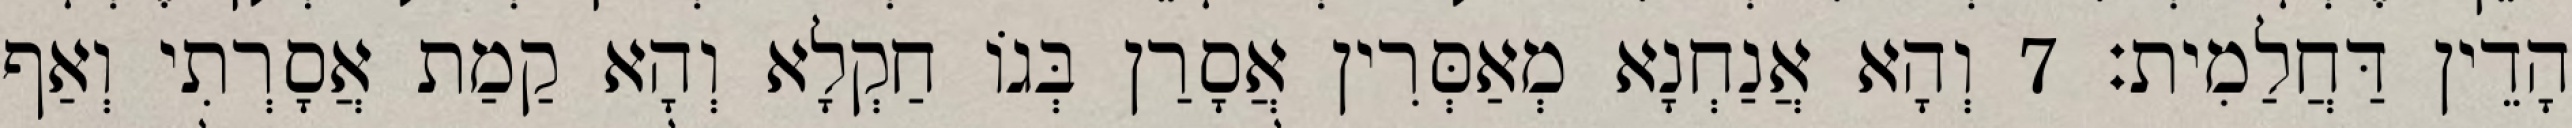
הָדֵין דַּחֲלַמִית׃ 7 וְהָא אֲנַחְנָא מְאַסְּרִין אֲסָרַן בְּגוֹ חַקְלָא וְהָא קַמַת אֲסָרְתִי וְאַף